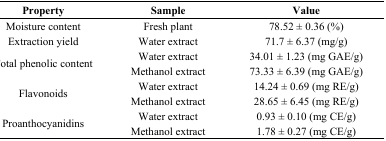
<table><thead><tr><td><b>Property</b></td><td><b>Sample</b></td><td><b>Value</b></td></tr></thead><tbody><tr><td>Moisture content</td><td>Fresh plant</td><td>78.52 ± 0.36 (%)</td></tr><tr><td>Extraction yield</td><td>Water extract</td><td>71.7 ± 6.37 (mg/g)</td></tr><tr><td rowspan="2">Total phenolic content</td><td>Water extract</td><td>34.01 ± 1.23 (mg GAE/g)</td></tr><tr><td>Methanol extract</td><td>73.33 ± 6.39 (mg GAE/g)</td></tr><tr><td rowspan="2">Flavonoids</td><td>Water extract</td><td>14.24 ± 0.69 (mg RE/g)</td></tr><tr><td>Methanol extract</td><td>28.65 ± 6.45 (mg RE/g)</td></tr><tr><td rowspan="2">Proanthocyanidins</td><td>Water extract</td><td>0.93 ± 0.10 (mg CE/g)</td></tr><tr><td>Methanol extract</td><td>1.78 ± 0.27 (mg CE/g)</td></tr></tbody></table>